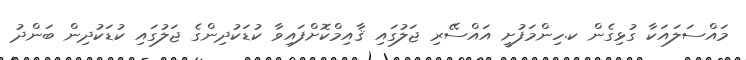
މައްސަލައަކާ ގުޅިގެން ކ.ހިންމަފުށީ އައްސޭރި ޖަލުގައި ޤާއިމްކޮށްފައިވާ ކުޑަކުދިންގެ ޖަލުގައި ކުޑަކުދިން ބަންދު